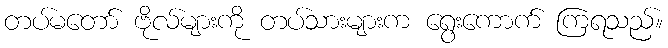
တပ်မတော် ဗိုလ်များကို တပ်သားများက ရွေးကောက် ကြရသည်။